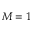
M = 1